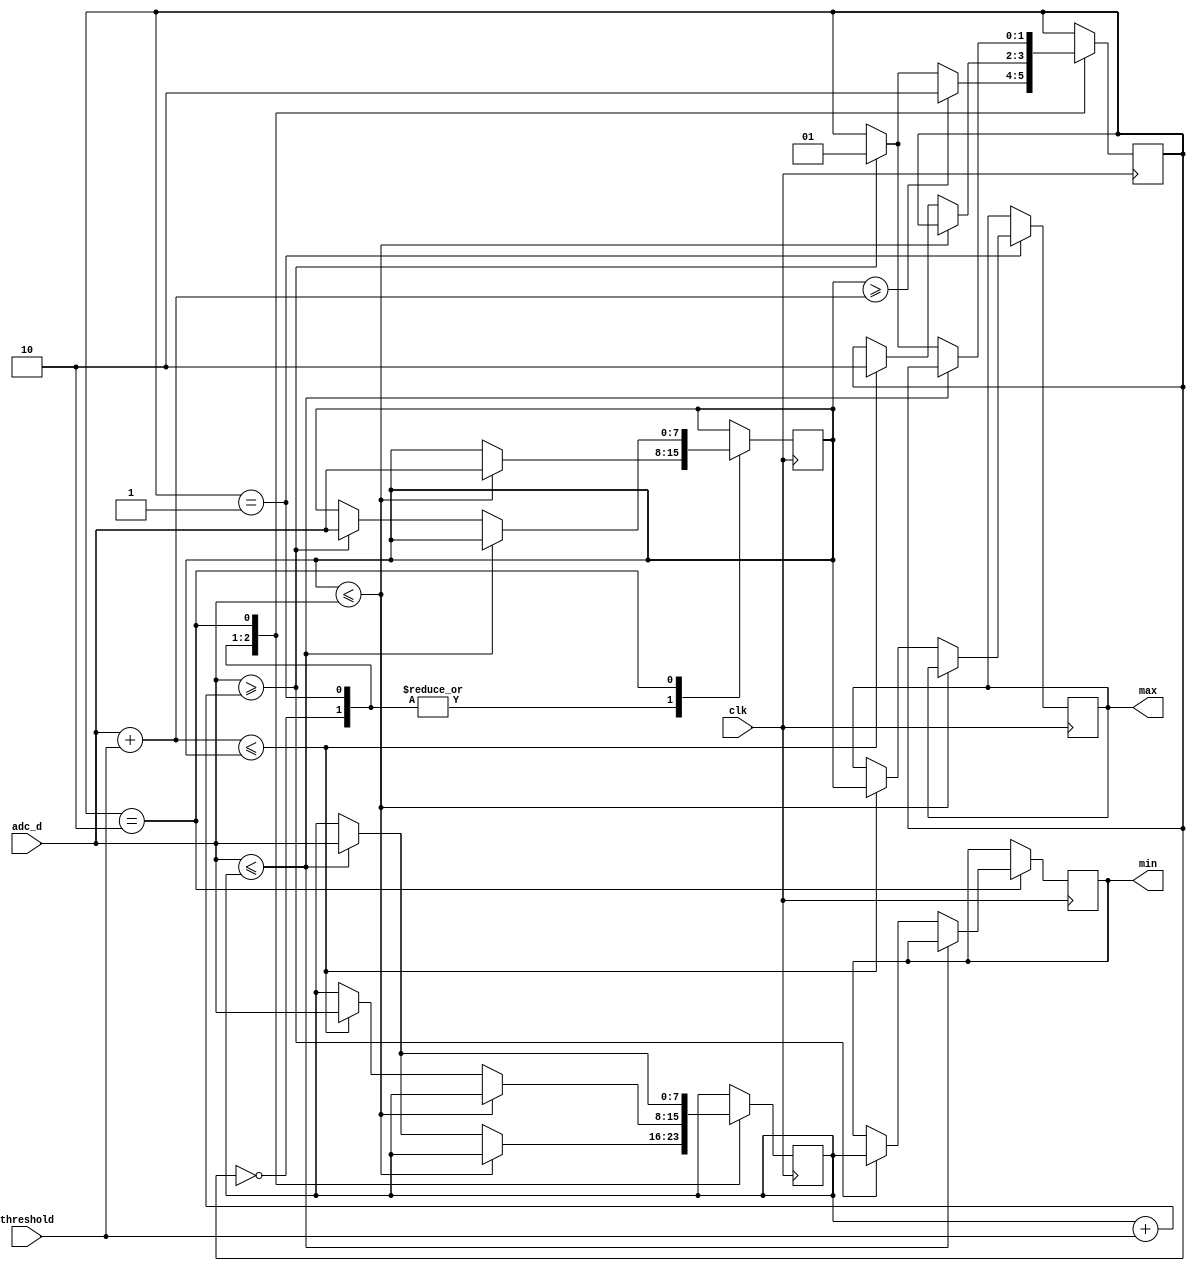
module min_max_tracker(input clk, input [7:0] adc_d, input [7:0] threshold,
    output [7:0] min, output [7:0] max);

    reg [7:0] min_val = 255;
    reg [7:0] max_val = 0;
    reg [7:0] cur_min_val = 255;
    reg [7:0] cur_max_val = 0;
    reg [1:0] state = 0;

    always @(posedge clk)
    begin
        case (state)
        0: // initialize
            begin
                if (cur_max_val >= ({1'b0, adc_d} + threshold))
                    state <= 2;
                else if (adc_d >= ({1'b0, cur_min_val} + threshold))
                    state <= 1;
                if (cur_max_val <= adc_d)
                    cur_max_val <= adc_d;
                else if (adc_d <= cur_min_val)
                    cur_min_val <= adc_d;
            end
        1: // high phase
            begin
                if (cur_max_val <= adc_d)
                    cur_max_val <= adc_d;
                else if (({1'b0, adc_d} + threshold) <= cur_max_val) begin
                    state <= 2;
                    cur_min_val <= adc_d;
                    max_val <= cur_max_val;
                end
            end
        2: // low phase
            begin
                if (adc_d <= cur_min_val)
                    cur_min_val <= adc_d;
                else if (adc_d >= ({1'b0, cur_min_val} + threshold)) begin
                    state <= 1;
                    cur_max_val <= adc_d;
                    min_val <= cur_min_val;
                end
            end
        endcase
    end

    assign min = min_val;
    assign max = max_val;

endmodule